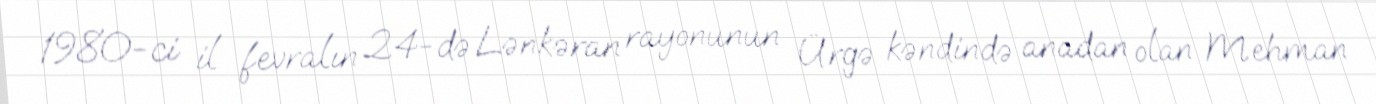
1980-ci il fevralın 24-də Lənkəran rayonunun Ürgə kəndində anadan olan Mehman